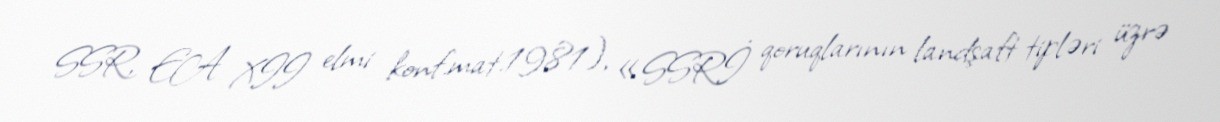
SSR, EA XII elmi konf.mat.1981), «SSRİ qoruqlarının landşaft tipləri üzrə